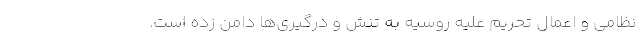
نظامی و اعمال تحریم‌ علیه روسیه به تنش‌ و درگیری‌ها دامن زده است.